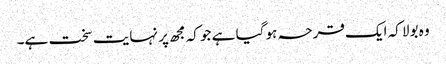
وہ بولا کہ ایک قرحہ ہو گیا ہے جو کہ مجھ پر نہایت سخت ہے۔